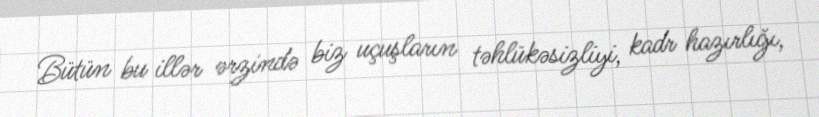
Bütün bu illər ərzində biz uçuşların təhlükəsizliyi, kadr hazırlığı,